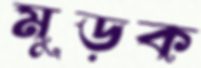
মুড়ক